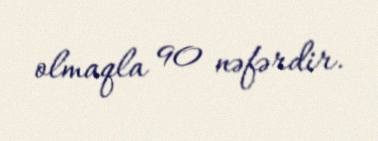
olmaqla 90 nəfərdir.